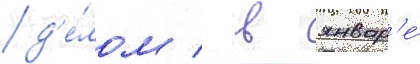
д'е́лом / в январ'е́